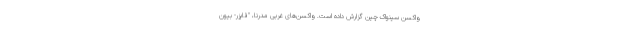
واکسن سینواک چین گزارش داده است. واکسن‌های غربی مدرنا، "فایزر- بیون